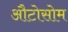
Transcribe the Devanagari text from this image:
औटोसोम